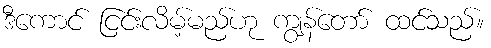
ဒီကောင် ငြင်းလိမ့်မည်ဟု ကျွန်တော် ထင်သည်။